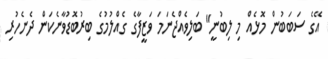
އޭގެ ސަބަބުން މޮޅެއް މި ލިބުނީ" ބަލިވެއްޖެނަމަ ވަޒީފާގެ ގެއްލުމުގެ ބިރުބޮޑުވާނެކަން ދެނެހުރި